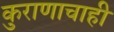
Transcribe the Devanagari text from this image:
कुराणाचाही